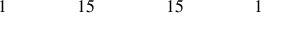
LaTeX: \begin{array} { c c c c c c c c c c c c c c c c c } { { } } & { { } } & { { 1 } } & { { } } & { { } } & { { } } & { { 1 5 } } & { { } } & { { } } & { { } } & { { 1 5 } } & { { } } & { { } } & { { } } & { { 1 } } & { { } } & { { } } \end{array}